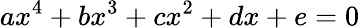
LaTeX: ax^{4}+bx^{3}+cx^{2}+dx+e=0